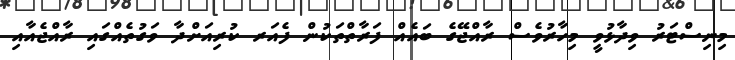
މިނިސްޓަރު ވިދާޅުވީ މިހާރުވެސް ރާއްޖޭގެ ބައެއް ފަރާތްތަކުން ފެެއަރ ކުރިއަށްދާ ވަގުތެއްގައި ރާއްޖެއާއި